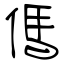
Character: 傌